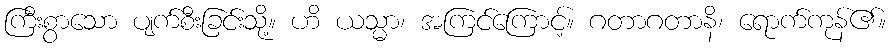
ကြီးစွာသော ပျက်စီးခြင်းသို့။ ဟိ ယသ္မာ၊ အကြင်ကြောင့်။ ဂတာဂတာနိ၊ ရောက်ကုန်၏။